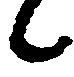
々